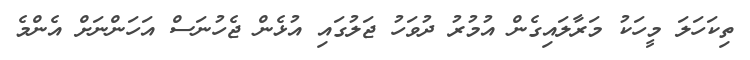
ތިކަހަލަ މީހަކު މަރާލައިގެން އުމުރު ދުވަހު ޖަލުގައި އުޅެން ޖެހުނަސް އަހަންނަށް އެންމެ